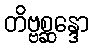
တိဗ္ဗစ္ဆန္ဒော